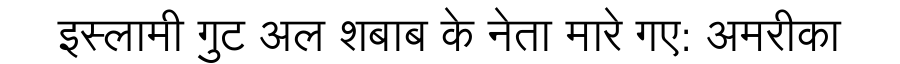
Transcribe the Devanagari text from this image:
इस्लामी गुट अल शबाब के नेता मारे गए: अमरीका